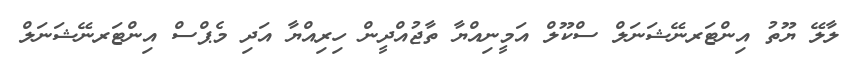
ލާލޭ ޔޫތު އިންޓަރނޭޝަނަލް ސްކޫލް އަމީނިއްޔާ ތާޖުއްދީން ހިރިއްޔާ އަދި މެޕްސް އިންޓަރނޭޝަނަލް